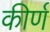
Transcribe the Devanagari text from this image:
कीर्ण